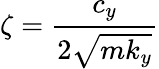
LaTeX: \zeta=\frac{c_{y}}{2\sqrt{mk_{y}}}